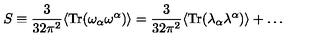
S \equiv \frac { 3 } { 3 2 \pi ^ { 2 } } \langle \mathrm { T r } ( \omega _ { \alpha } \omega ^ { \alpha } ) \rangle = \frac { 3 } { 3 2 \pi ^ { 2 } } \langle \mathrm { T r } ( \lambda _ { \alpha } \lambda ^ { \alpha } ) \rangle + \ldots